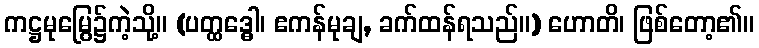
ကဋ္ဌမုမြွေ၌ကဲ့သို့။ (ပတ္ထဒ္ဓေါ၊ ဧကန်မုချ, ခက်ထန်ရသည်။) ဟောတိ၊ ဖြစ်တော့၏။